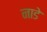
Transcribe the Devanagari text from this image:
नाडे